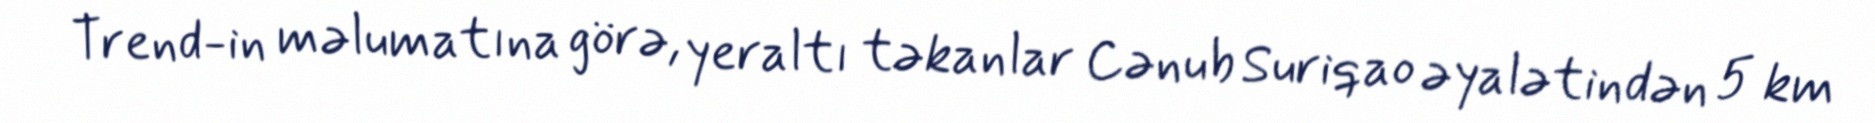
Trend-in məlumatına görə, yeraltı təkanlar Cənub Suriqao əyalətindən 5 km